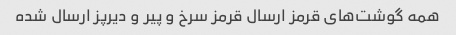
همه گوشت‌های قرمز ارسال قرمز سرخ و پیر و دیرپز ارسال شده